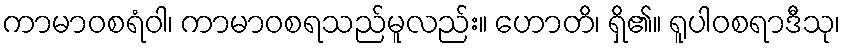
ကာမာဝစရံဝါ၊ ကာမာဝစရသည်မူလည်း။ ဟောတိ၊ ရှိ၏။ ရူပါဝစရာဒီသု၊